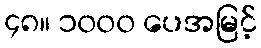
၄၈။ ၁၀၀၀ ပေအမြင့်